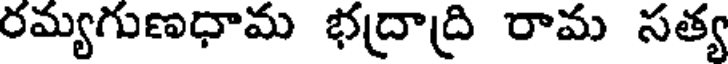
రమ్యగుణధామ భద్రాద్రి రామ సత్య